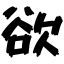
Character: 欲